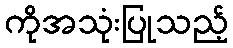
ကိုအသုံးပြုသည့်